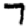
Digit: 7